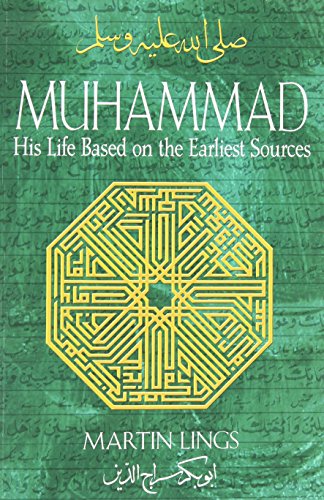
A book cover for Muhammad: His Life Based on the Earliest Sources; Martin Lings; Biographies & Memoirs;